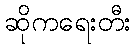
ဆိုကရေးတီး